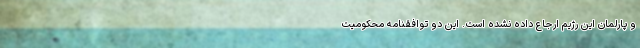
و پارلمان این رژیم ارجاع داده نشده است. این دو توافقنامه محکومیت